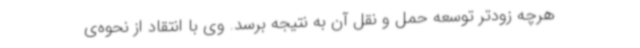
هرچه زودتر توسعه حمل و نقل آن به نتیجه برسد. وی با انتقاد از نحوه‌ی